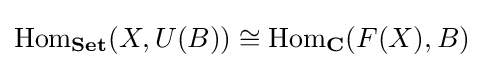
\operatorname {Hom} _{\mathbf {Set} }(X,U(B))\cong \operatorname {Hom} _{\mathbf {C} }(F(X),B)